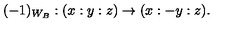
( - 1 ) _ { W _ { B } } : ( x : y : z ) \to ( x : - y : z ) .